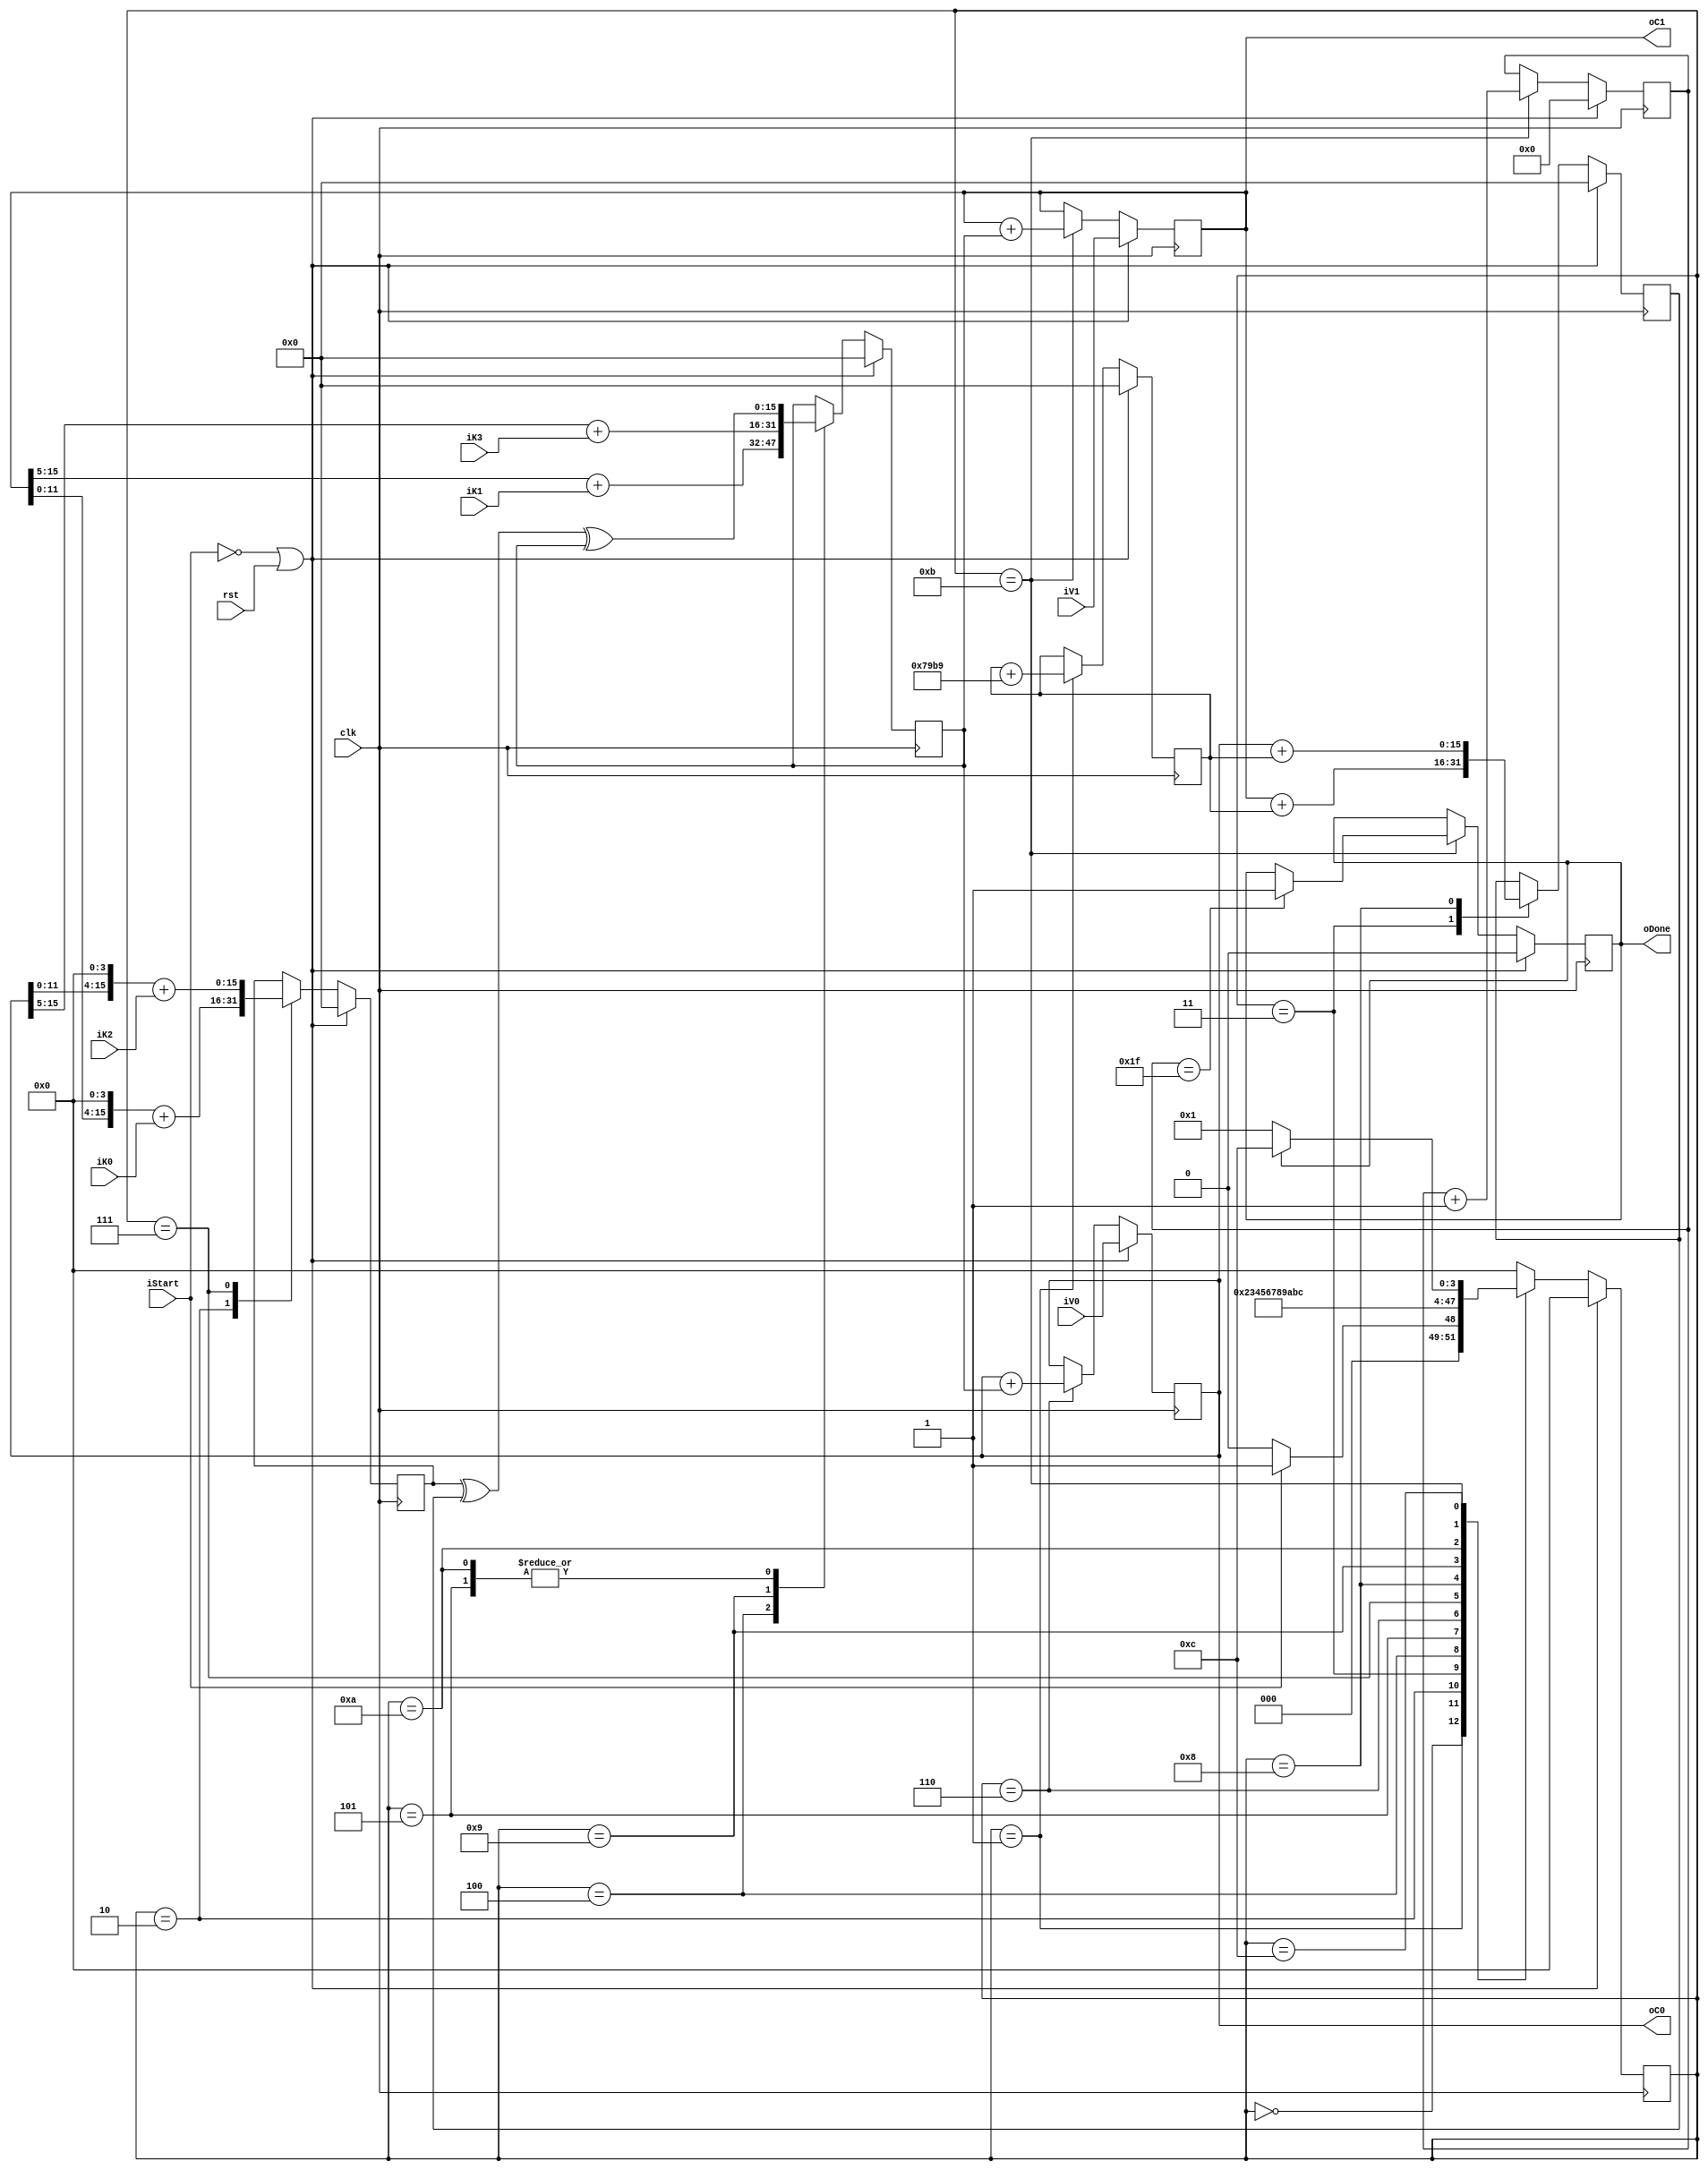
`timescale 1ns/10ps

`define IDLE 4'd0
`define ADD_DELTA 4'd1
`define SHIFT_V1_ADD_K0 4'd2
`define ADD_V1_SUM 4'd3
`define SHIFT_V1_ADD_K1 4'd4
`define XOR_ALL1 4'd5
`define ADD_ALL1 4'd6
`define SHIFT_V0_ADD_K2 4'd7
`define ADD_V0_SUM 4'd8
`define SHIFT_V0_ADD_K3 4'd9
`define XOR_ALL2 4'd10
`define ADD_ALL2 4'd11
`define DONE 4'd12

module cipher 
#(
	parameter WORD_SIZE = 16,
	parameter DELTA = 32'h9e3779b9,
	parameter ROUND_NUMBER = 32
)

(
	input wire clk,
	input wire rst,
	input wire iStart,
	// Texto plano
	input wire [WORD_SIZE-1:0] iV0,
	input wire [WORD_SIZE-1:0] iV1,
	// Llave
	input wire [WORD_SIZE-1:0] iK0,
	input wire [WORD_SIZE-1:0] iK1,
	input wire [WORD_SIZE-1:0] iK2,
	input wire [WORD_SIZE-1:0] iK3,
	// Texto cifrado
	output reg [WORD_SIZE-1:0] oC0,
	output reg [WORD_SIZE-1:0] oC1,
	output reg oDone
);

	parameter ROUND_NUMBER_BITS = $clog2(ROUND_NUMBER);

	reg [3:0] state;
	//
	reg [WORD_SIZE-1:0] rAux1;
	reg [WORD_SIZE-1:0] rAux2;
	reg [WORD_SIZE-1:0] rAux3;
	reg [WORD_SIZE-1:0] sum;
	reg [ROUND_NUMBER_BITS-1:0] rCount;
	//
	reg [WORD_SIZE-1:0] rAux1_nxt;
	reg [WORD_SIZE-1:0] rAux2_nxt;
	reg [WORD_SIZE-1:0] rAux3_nxt;
	reg [WORD_SIZE-1:0] sum_nxt;
	reg [ROUND_NUMBER_BITS-1:0] rCount_nxt;
	//
	reg [WORD_SIZE-1:0] oC0_nxt;
	reg [WORD_SIZE-1:0] oC1_nxt;
	reg oDone_nxt;


	// COMBINATIONAL LOGIC
	always@(*) begin

		case (state)
			///////////////////////////
			`IDLE: begin
				rAux1_nxt = rAux1;
				rAux2_nxt = rAux2;
				rAux3_nxt = rAux3;
				oC0_nxt = oC0;
				oC1_nxt = oC1;
				sum_nxt = sum;
				rCount_nxt = rCount;
				oDone_nxt = oDone;
			end
			///////////////////////////
			`ADD_DELTA: begin
				rAux1_nxt = rAux1;
				rAux2_nxt = rAux2;
				rAux3_nxt = rAux3;
				oC0_nxt = oC0;
				oC1_nxt = oC1;
				sum_nxt = sum + DELTA;
				rCount_nxt = rCount;
				oDone_nxt = oDone;
			end
			///////////////////////////
			`SHIFT_V1_ADD_K0: begin
				rAux1_nxt = (oC1<<4) + iK0;
				rAux2_nxt = rAux2;
				rAux3_nxt = rAux3;
				oC0_nxt = oC0;
				oC1_nxt = oC1;
				sum_nxt = sum;
				rCount_nxt = rCount;
				oDone_nxt = oDone;
			end
			///////////////////////////
			`ADD_V1_SUM: begin
				rAux1_nxt = rAux1;
				rAux2_nxt = oC1 + sum;
				rAux3_nxt = rAux3;
				oC0_nxt = oC0;
				oC1_nxt = oC1;
				sum_nxt = sum;
				rCount_nxt = rCount;
				oDone_nxt = oDone;
			end
			///////////////////////////
			`SHIFT_V1_ADD_K1: begin
				rAux1_nxt = rAux1;
				rAux2_nxt = rAux2;
				rAux3_nxt = (oC1>>5) + iK1;
				oC0_nxt = oC0;
				oC1_nxt = oC1;
				sum_nxt = sum;
				rCount_nxt = rCount;
				oDone_nxt = oDone;
			end
			///////////////////////////
			`XOR_ALL1: begin
				rAux1_nxt = rAux1;
				rAux2_nxt = rAux2;
				rAux3_nxt = rAux1^rAux2^rAux3;
				oC0_nxt = oC0;
				oC1_nxt = oC1;
				sum_nxt = sum;
				rCount_nxt = rCount;
				oDone_nxt = oDone;
			end
			///////////////////////////
			`ADD_ALL1: begin
				rAux1_nxt = rAux1;
				rAux2_nxt = rAux2;
				rAux3_nxt = rAux3;
				oC0_nxt = oC0 + rAux3;
				oC1_nxt = oC1;
				sum_nxt = sum;
				rCount_nxt = rCount;
				oDone_nxt = oDone;
			end
			///////////////////////////
			`SHIFT_V0_ADD_K2: begin
				rAux1_nxt = (oC0<<4) + iK2;
				rAux2_nxt = rAux2;
				rAux3_nxt = rAux3;
				oC0_nxt = oC0;
				oC1_nxt = oC1;
				sum_nxt = sum;
				rCount_nxt = rCount;
				oDone_nxt = oDone;
			end
			///////////////////////////
			`ADD_V0_SUM: begin
				rAux1_nxt = rAux1;
				rAux2_nxt = oC0 + sum;
				rAux3_nxt = rAux3;
				oC0_nxt = oC0;
				oC1_nxt = oC1;
				sum_nxt = sum;
				rCount_nxt = rCount;
				oDone_nxt = oDone;
			end
			///////////////////////////
			`SHIFT_V0_ADD_K3: begin
				rAux1_nxt = rAux1;
				rAux2_nxt = rAux2;
				rAux3_nxt = (oC0>>5) + iK3;
				oC0_nxt = oC0;
				oC1_nxt = oC1;
				sum_nxt = sum;
				rCount_nxt = rCount;
				oDone_nxt = oDone;
			end
			///////////////////////////
			`XOR_ALL2: begin
				rAux1_nxt = rAux1;
				rAux2_nxt = rAux2;
				rAux3_nxt = rAux1^rAux2^rAux3;
				oC0_nxt = oC0;
				oC1_nxt = oC1;
				sum_nxt = sum;
				rCount_nxt = rCount;
				oDone_nxt = oDone;
			end
			///////////////////////////
			`ADD_ALL2: begin
				rAux1_nxt = rAux1;
				rAux2_nxt = rAux2;
				rAux3_nxt = rAux3;
				oC0_nxt = oC0;
				oC1_nxt = oC1 + rAux3;
				sum_nxt = sum;
				rCount_nxt = rCount+1;

				if(rCount == ROUND_NUMBER-1) begin
					oDone_nxt = 1;
				end

				else begin
					oDone_nxt = oDone;
				end
			end
			//////////////////////////
			`DONE: begin
				rAux1_nxt = rAux1;
				rAux2_nxt = rAux2;
				rAux3_nxt = rAux3;
				oC0_nxt = oC0;
				oC1_nxt = oC1;
				sum_nxt = sum;
				rCount_nxt = rCount;
				oDone_nxt = oDone;
			end

			default: begin
				rAux1_nxt = rAux1;
				rAux2_nxt = rAux2;
				rAux3_nxt = rAux3;
				oC0_nxt = oC0;
				oC1_nxt = oC1;
				sum_nxt = sum;
				rCount_nxt = rCount;
				oDone_nxt = oDone;
			end

		endcase
	end


	// NEXT STATE LOGIC
	always@(posedge clk) begin
		
		if(!iStart || rst) begin
			state <= `IDLE;
		end

		else begin

			case(state)
				///////////////////////////
				`IDLE: begin
					if (!iStart) begin
						state <= `IDLE;
					end
					else begin
						state <= `ADD_DELTA;
					end
				end
				///////////////////////////
				`ADD_DELTA: begin
					state <= `SHIFT_V1_ADD_K0;
				end
				///////////////////////////
				`SHIFT_V1_ADD_K0: begin
					state <= `ADD_V1_SUM;
				end
				///////////////////////////
				`ADD_V1_SUM: begin
					state <= `SHIFT_V1_ADD_K1;
				end
				///////////////////////////
				`SHIFT_V1_ADD_K1: begin
					state <= `XOR_ALL1;
				end
				///////////////////////////
				`XOR_ALL1: begin
					state <= `ADD_ALL1;
				end
				///////////////////////////
				`ADD_ALL1: begin
					state <= `SHIFT_V0_ADD_K2;
				end
				///////////////////////////
				`SHIFT_V0_ADD_K2: begin
					state <= `ADD_V0_SUM;
				end
				///////////////////////////
				`ADD_V0_SUM: begin
					state <= `SHIFT_V0_ADD_K3;
				end
				///////////////////////////
				`SHIFT_V0_ADD_K3: begin
					state <= `XOR_ALL2;
				end
				///////////////////////////
				`XOR_ALL2: begin
					state <= `ADD_ALL2;
				end
				///////////////////////////
				`ADD_ALL2: begin
					state <= `DONE;
				end
				///////////////////////////
				`DONE: begin
					if(oDone) begin
						state <= `DONE;
					end
					
					else begin
						state <= `ADD_DELTA;
					end
				end
				//////////////////////////
				default: begin
					state <= `IDLE;
				end
			endcase
		end
	end


	// OUTPUT LOGIC
	always @(posedge clk) begin

		if (!iStart || rst) begin
			rAux1 <= 0;
			rAux2 <= 0;
			rAux3 <= 0;
			oC0 <= iV0;
			oC1 <= iV1;
			sum <= 0;
			rCount <= 0;
			oDone <= 0;
		end
		else begin
			rAux1 <= rAux1_nxt;
			rAux2 <= rAux2_nxt;
			rAux3 <= rAux3_nxt;
			oC0 <= oC0_nxt;
			oC1 <= oC1_nxt;
			sum <= sum_nxt;
			rCount <= rCount_nxt;
			oDone <= oDone_nxt;
		end
	end

endmodule